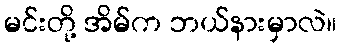
မင်းတို့ အိမ်က ဘယ်နားမှာလဲ။